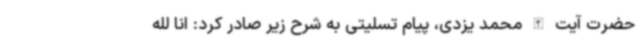
حضرت آیت الله محمد یزدی، پیام تسلیتی به شرح زیر صادر کرد: انا لله